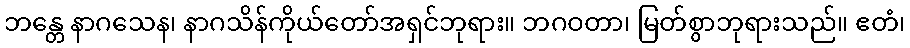
ဘန္တေ နာဂသေန၊ နာဂသိန်ကိုယ်တော်အရှင်ဘုရား။ ဘဂဝတာ၊ မြတ်စွာဘုရားသည်။ ဧတံ၊